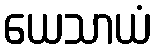
ယေသာယံ